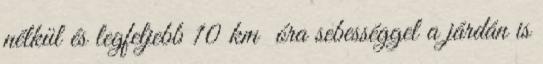
nélkül és legfeljebb 10 km óra sebességgel a járdán is